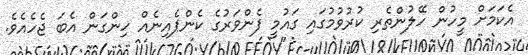
އެކަމަށް މީހުން ހޭލުންތެރި ކުރުވުމުގައި ގައުމީ ފެންވަރުގެ ކެންޕެއިނެއް ހިންގަން އެބަ ޖެހެއެވެ.